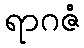
ရာဂဇံ